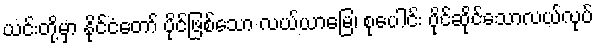
ယင်းတို့မှာ နိုင်ငံတော် ပိုင်ဖြစ်သော လယ်ယာမြေ၊ စုပေါင်း ပိုင်ဆိုင်သောလယ်လုပ်